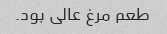
طعم مرغ عالی بود.